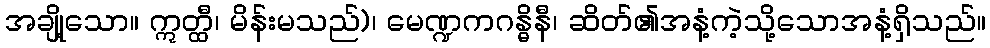
အချို့သော။ ဣတ္ထီ၊ မိန်းမသည်)၊ မေဏ္ဍကဂန္ဓိနီ၊ ဆိတ်၏အနံ့ကဲ့သို့သောအနံ့ရှိသည်။